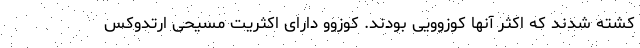
کشته شدند که اکثر آنها کوزوویی بودند. کوزوو دارای اکثریت مسیحی ارتدوکس